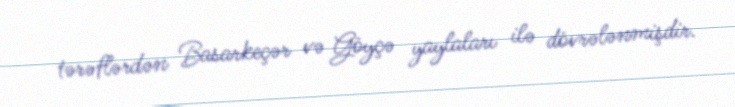
tərəflərdən Basarkeçər və Göyçə yaylaları ilə dövrələnmişdir.